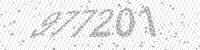
Solution: 977201